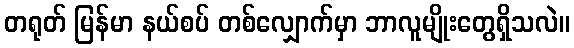
တရုတ် မြန်မာ နယ်စပ် တစ်လျှောက်မှာ ဘာလူမျိုးတွေရှိသလဲ။